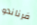
فرناندو